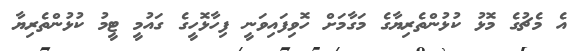
އެ މެޗުގެ މޮޅު ކުޅުންތެރިޔާގެ މަގާމަށް ހޮވިފައިވަނީ ފިހާޅޮހީގެ ގައުމީ ޓީމު ކުޅުންތެރިޔާ